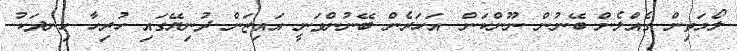
ލޯމަތިން ގެއްލެން ބޭނުން ނޫންކަން. އަހަރެން ބޭނުންވަނީ އައިޒަން ދުނިޔޭގައި ހުރިހާ ހިނދަކު